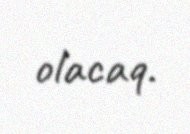
olacaq.